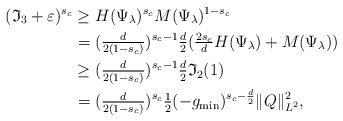
\begin{align*}(\mathfrak{I}_3+\varepsilon)^{s_c} \ge{}& H(\Psi_\lambda)^{s_c} M(\Psi_\lambda)^{1-s_c}\\={}& (\tfrac{d}{2(1-s_c)} )^{s_c-1} \tfrac{d}2(\tfrac{2s_c}{d} H(\Psi_\lambda) + M(\Psi_\lambda))\\\ge{}& (\tfrac{d}{2(1-s_c)} )^{s_c-1} \tfrac{d}2 \mathfrak{I}_2(1)\\={}& (\tfrac{d}{2(1-s_c)})^{s_c} \tfrac12(-g_{\min})^{s_c-\frac{d}2} \|Q\|_{L^2}^2,\end{align*}